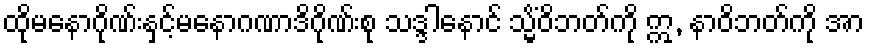
ထိုမနောဂိုဏ်းနှင့်မနောဂဏာဒိဂိုဏ်းစု သဒ္ဒါနောင် သ္မိံဝိဘတ်ကို ဣ, နာဝိဘတ်ကို အာ